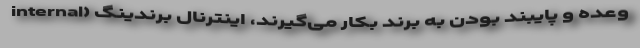
وعده و پایبند بودن به برند بکار می‌گیرند، اینترنال برندینگ (internal